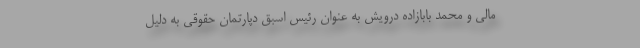
مالی و محمد بابازاده درویش به عنوان رئیس اسبق دپارتمان حقوقی به دلیل